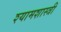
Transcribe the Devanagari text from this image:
श्यामशास्त्री